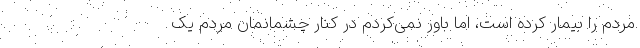
مردم را بیمار کرده است، اما باور نمی‌کردم در کنار چشمانمان مردم یک